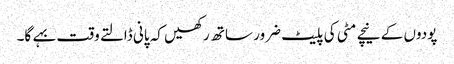
پودوں کے نیچے مٹی کی پلیٹ ضرور ساتھ رکھیں کہ پانی ڈالتے وقت بہے گا۔